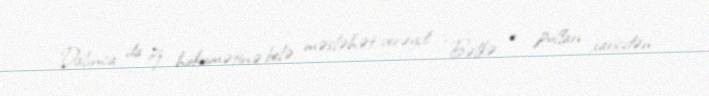
Dalınca da öz hökumətinə belə məsləhət verəydi: “Bəlkə o pulları xaricdən